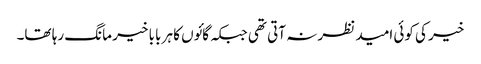
خیر کی کوئی امید نظر نہ آتی تھی جبکہ گائوں کا ہر بابا خیر مانگ رہا تھا۔